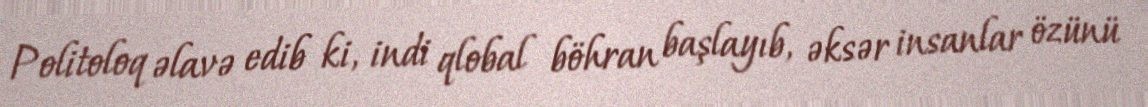
Politoloq əlavə edib ki, indi qlobal böhran başlayıb, əksər insanlar özünü